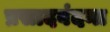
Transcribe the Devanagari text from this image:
प्रसादवंदना